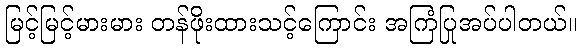
မြင့်မြင့်မားမား တန်ဖိုးထားသင့်ကြောင်း အကြံပြုအပ်ပါတယ်။